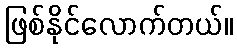
ဖြစ်နိုင်လောက်တယ်။